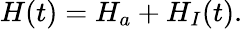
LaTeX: H(t)=H_{a}+H_{I}(t).